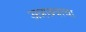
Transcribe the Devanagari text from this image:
अन्नछत्राचा